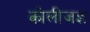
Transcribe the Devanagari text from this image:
कोलीजज्ञ